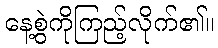
နေ့စွဲကိုကြည့်လိုက်၏။